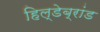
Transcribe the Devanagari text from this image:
हिल्डेब्रांड